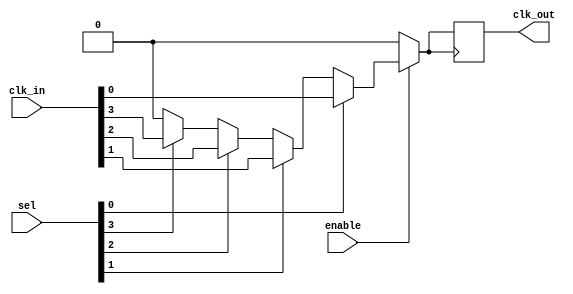
module CMuxBuf (
    input wire [N-1:0] clk_in,      // Array of clock inputs (N clock sources)
    input wire [N-1:0] sel,          // Selection control signals (N bits for N sources)
    input wire enable,                // Enable signal for the clock multiplexer
    output reg clk_out                // Output clock signal
);
    parameter N = 4;                  // Number of clock sources (can be adjusted)

    reg [N-1:0] clk_reg;              // Register to hold the selected clock
    reg clk_selected;                 // Holds the selected clock signal

    // Always block to handle clock selection and buffering
    always @(*) begin
        if (enable) begin
            // Default to zero if no selection is made
            clk_selected = 1'b0;
            // Select the clock based on the selection control signals
            case (1'b1) // Only one bit should be high in sel
                sel[0]: clk_selected = clk_in[0];
                sel[1]: clk_selected = clk_in[1];
                sel[2]: clk_selected = clk_in[2];
                sel[3]: clk_selected = clk_in[3];
                default: clk_selected = 1'b0; // Fallback
            endcase
        end else begin
            clk_selected = 1'b0; // If disabled, set output to low
        end
    end

    // Buffer the selected clock signal to drive the output
    always @(posedge clk_selected) begin
        clk_out <= clk_selected; // Capture the clock signal on rising edge
    end

endmodule